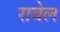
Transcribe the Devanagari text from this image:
रावेल